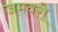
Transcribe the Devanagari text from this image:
जमवरी